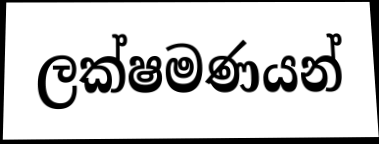
ලක්ෂමණයන්